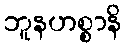
ဘူနဟစ္စာနိ